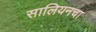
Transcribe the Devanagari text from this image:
सालियनचा